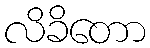
လိခိတော